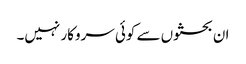
ان بحثوں سے کوئی سروکار نہیں۔